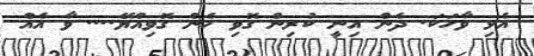
އެޅި ވާހަކަ. ދެން އިނީ ކުރިން ގޮވި ހެން ގޮވިއްޔޭ.... ވާ އެއް